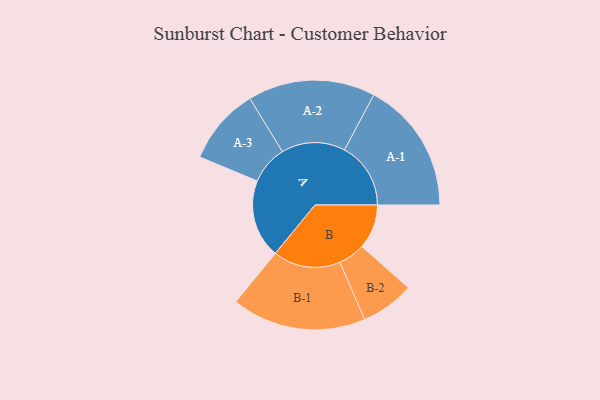
{"axis": {"x": "Segment", "y": "Value"}, "legend": ["", "A", "B"], "data": [{"x": "A", "y": 316, "type": ""}, {"x": "B", "y": 179, "type": ""}, {"x": "A-1", "y": 267, "type": "A"}, {"x": "A-2", "y": 257, "type": "A"}, {"x": "A-3", "y": 155, "type": "A"}, {"x": "B-1", "y": 271, "type": "B"}, {"x": "B-2", "y": 108, "type": "B"}]}